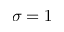
\sigma = 1